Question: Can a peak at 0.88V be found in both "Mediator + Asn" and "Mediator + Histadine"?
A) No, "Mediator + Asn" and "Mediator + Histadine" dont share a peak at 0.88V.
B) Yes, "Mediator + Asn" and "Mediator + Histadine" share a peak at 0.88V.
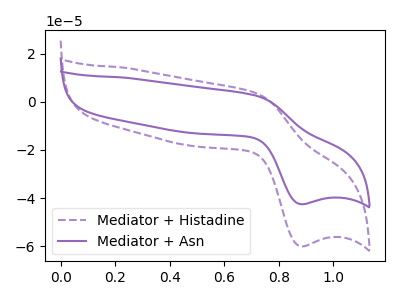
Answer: <think>The purple dashed curve "Mediator + Histadine" has an anodic peak at (0.70V, 3.70uA) and a cathodic peak at (0.90V, -60.00uA). The purple curve "Mediator + Asn" has an anodic peak at (0.70V, 2.60uA) and a cathodic peak at (0.90V, -42.50uA).</think>
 <answer>B) Yes, "Mediator + Asn" and "Mediator + Histadine" share a peak at 0.88V.</answer>
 <eval>B</eval>